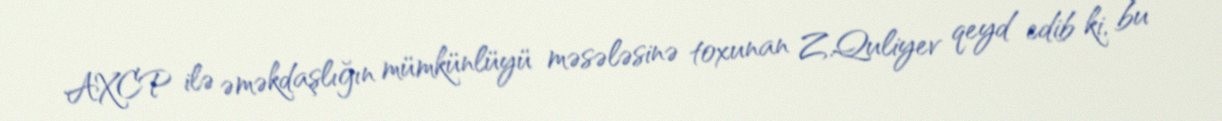
AXCP ilə əməkdaşlığın mümkünlüyü məsələsinə toxunan Z.Quliyev qeyd edib ki, bu